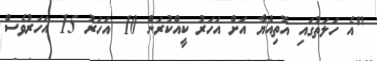
"އެ ހަލަތުގައި އޮތިއްޔާ އަށް އަހަރު ކީއްކުރަން 10 އަހަރު 15 އަހަރުވެސް